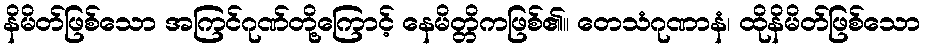
နိမိတ်ဖြစ်သော အကြင်ဂုဏ်တို့ကြောင့် နေမိတ္တိကဖြစ်၏။ တေသံဂုဏာနံ၊ ထိုနိမိတ်ဖြစ်သော